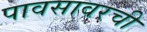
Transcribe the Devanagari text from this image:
पावसावरची